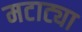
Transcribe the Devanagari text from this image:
मटाट्या